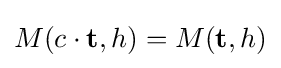
M(c\cdot \mathbf {t} ,h)=M(\mathbf {t} ,h)